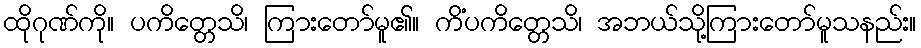
ထိုဂုဏ်ကို။ ပကိတ္တေသိ၊ ကြားတော်မူ၏။ ကိံပကိတ္တေသိ၊ အဘယ်သို့ကြားတော်မူသနည်း။